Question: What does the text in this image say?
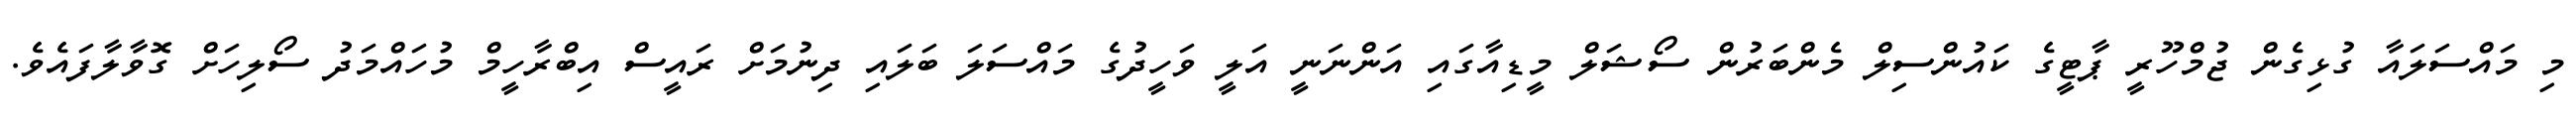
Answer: މި މައްސަލައާ ގުޅިގެން ޖުމްހޫރީ ޕާޓީގެ ކައުންސިލް މެންބަރުން ސޯޝަލް މީޑިއާގައި އަންނަނީ އަލީ ވަހީދުގެ މައްސަލަ ބަލައި ދިނުމަށް ރައީސް އިބްރާހީމް މުހައްމަދު ސޯލިހަށް ގޮވާލާފައެވެ.